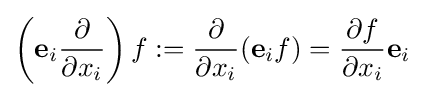
\left(\mathbf {e} _{i}{\partial  \over \partial x_{i}}\right)f:={\partial  \over \partial x_{i}}(\mathbf {e} _{i}f)={\partial f \over \partial x_{i}}\mathbf {e} _{i}